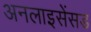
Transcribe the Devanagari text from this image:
अनलाइसेंसड